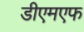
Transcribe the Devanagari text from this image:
डीएमएफ